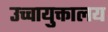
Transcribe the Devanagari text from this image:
उच्चायुक्तालय